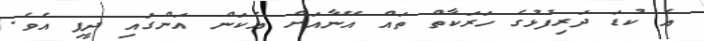
އެ ކުޑަ ދަރިފުޅުގެ ހަރަކާތް ތައް އޭނާއަށް އެކަން އަންގައި ދީފި އެވެ.